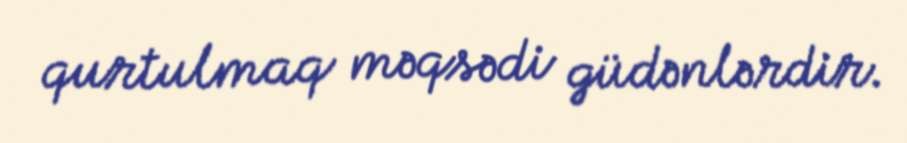
qurtulmaq məqsədi güdənlərdir.